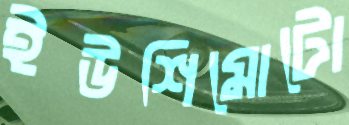
ইউশিমোটো